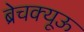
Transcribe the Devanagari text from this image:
ब्रेचक्यूऊ